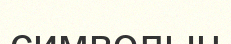
символын